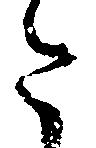
た